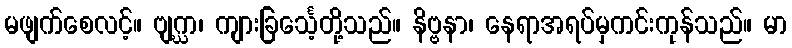
မဖျက်စေလင့်။ ဗျဂ္ဃာ၊ ကျားခြင်္သေ့တို့သည်။ နိဗ္ဗနာ၊ နေရာအရပ်မှကင်းကုန်သည်။ မာ